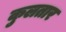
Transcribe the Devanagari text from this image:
कुलतार